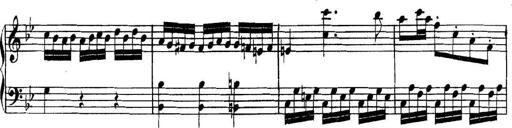
Title: Collected Piano Sonatas
Composer: Muzio Clementi